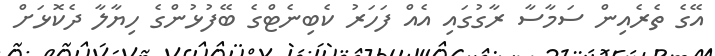
އޭގެ ތެރެއިން ސަމާސާ ރާގުގައި އެއް ފަހަރު ކެބިނެޓްގެ ބޭފުޅުންގެ ހިޔާލާ ދެކޮޅަށް